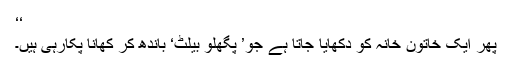
‘‘
پھر ایک خاتونِ خانہ کو دکھایا جاتا ہے جو’ پگھلو بیلٹ‘ باندھ کر کھانا پکارہی ہیں۔